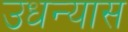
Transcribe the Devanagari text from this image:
उधन्यास